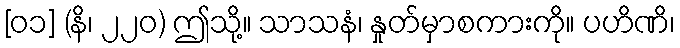
[၀၁] (နိ၊ ၂၂၀) ဤသို့။ သာသနံ၊ နှုတ်မှာစကားကို။ ပဟိဏိ၊